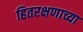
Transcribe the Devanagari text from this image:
हितरक्षणाच्या